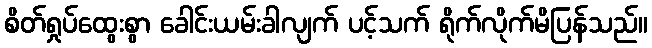
စိတ်ရှုပ်ထွေးစွာ ခေါင်းယမ်းခါလျက် ပင့်သက် ရိုက်လိုက်မိပြန်သည်။